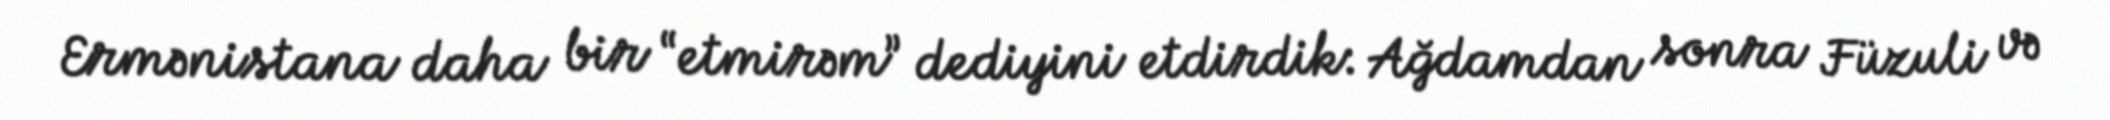
Ermənistana daha bir “etmirəm” dediyini etdirdik: Ağdamdan sonra Füzuli və